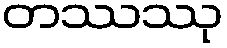
တဿဿု